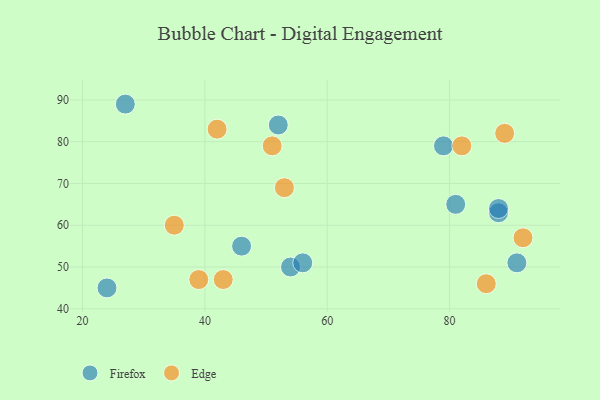
{"axis": {"x": "GDP", "y": "Life Expectancy"}, "legend": ["Edge", "Firefox"], "data": [{"x": "54", "y": 50, "type": "Firefox"}, {"x": "91", "y": 51, "type": "Firefox"}, {"x": "56", "y": 51, "type": "Firefox"}, {"x": "79", "y": 79, "type": "Firefox"}, {"x": "46", "y": 55, "type": "Firefox"}, {"x": "27", "y": 89, "type": "Firefox"}, {"x": "24", "y": 45, "type": "Firefox"}, {"x": "81", "y": 65, "type": "Firefox"}, {"x": "88", "y": 63, "type": "Firefox"}, {"x": "88", "y": 64, "type": "Firefox"}, {"x": "52", "y": 84, "type": "Firefox"}, {"x": "51", "y": 79, "type": "Edge"}, {"x": "42", "y": 83, "type": "Edge"}, {"x": "92", "y": 57, "type": "Edge"}, {"x": "82", "y": 79, "type": "Edge"}, {"x": "35", "y": 60, "type": "Edge"}, {"x": "39", "y": 47, "type": "Edge"}, {"x": "86", "y": 46, "type": "Edge"}, {"x": "43", "y": 47, "type": "Edge"}, {"x": "89", "y": 82, "type": "Edge"}, {"x": "53", "y": 69, "type": "Edge"}]}